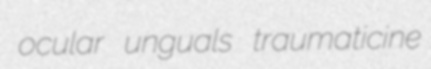
ocular unguals traumaticine